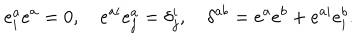
e _ { i } ^ { a } e ^ { a } = 0 , \quad e ^ { a i } e _ { j } ^ { a } = \delta _ { j } ^ { i } , \quad \delta ^ { a b } = e ^ { a } e ^ { b } + e ^ { a i } e _ { i } ^ { b } .